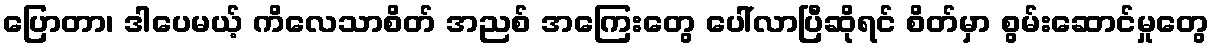
ပြောတာ၊ ဒါပေမယ့် ကိလေသာစိတ် အညစ် အကြေးတွေ ပေါ်လာပြီဆိုရင် စိတ်မှာ စွမ်းဆောင်မှုတွေ